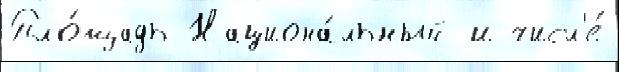
Пло́щадь Национа́льный и числ'е́